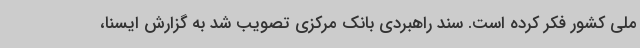
ملی کشور فکر کرده است. سند راهبردی بانک مرکزی تصویب شد به گزارش ایسنا،